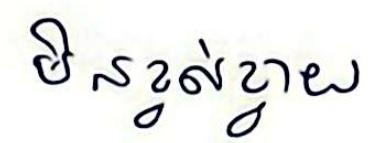
មិនខ្វល់ខ្វាយ